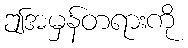
ဤအမှန်တရားကို